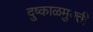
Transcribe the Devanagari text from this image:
दुष्काळमुक्ती